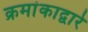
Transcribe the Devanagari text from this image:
क्रमांकाद्वारे